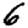
Digit: 6